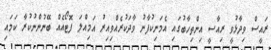
ރައީސް ވިދާޅުވީ ރިއާސީ އިންތިހާބުގައި އެމަނިކުފާނު ވާދަކުރެއްވިއިރު އަމިއްލަ ފޮޓޯއެއް ބޭނުންނުކުރާ ކަމައި